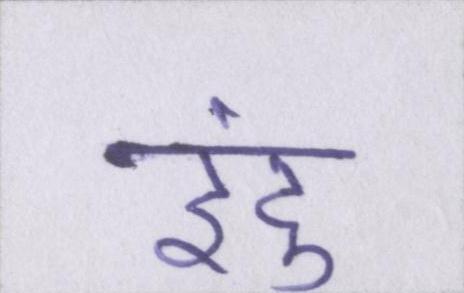
इंदु